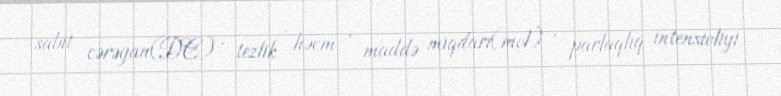
sabit cərəyan(DC) , tezlik , həcm , maddə miqdarı(mol) , parlaqlıq intensivliyi